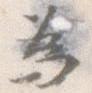
為